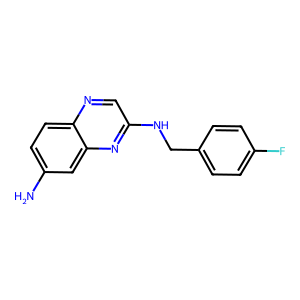
SMILES: Nc1ccc2ncc(NCc3ccc(F)cc3)nc2c1
Inhibits HIV replication: No